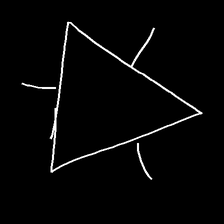
Glyph: fire